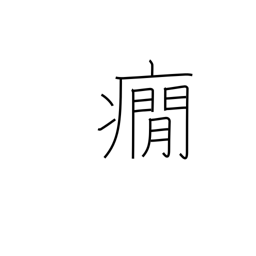
Meaning: nervous